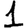
Digit: 1